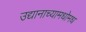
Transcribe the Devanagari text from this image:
उद्यानाच्यामधोमध